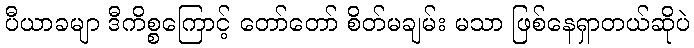
ပီယာခမျာ ဒီကိစ္စကြောင့် တော်တော် စိတ်မချမ်း မသာ ဖြစ်နေရှာတယ်ဆိုပဲ